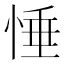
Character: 𢛉